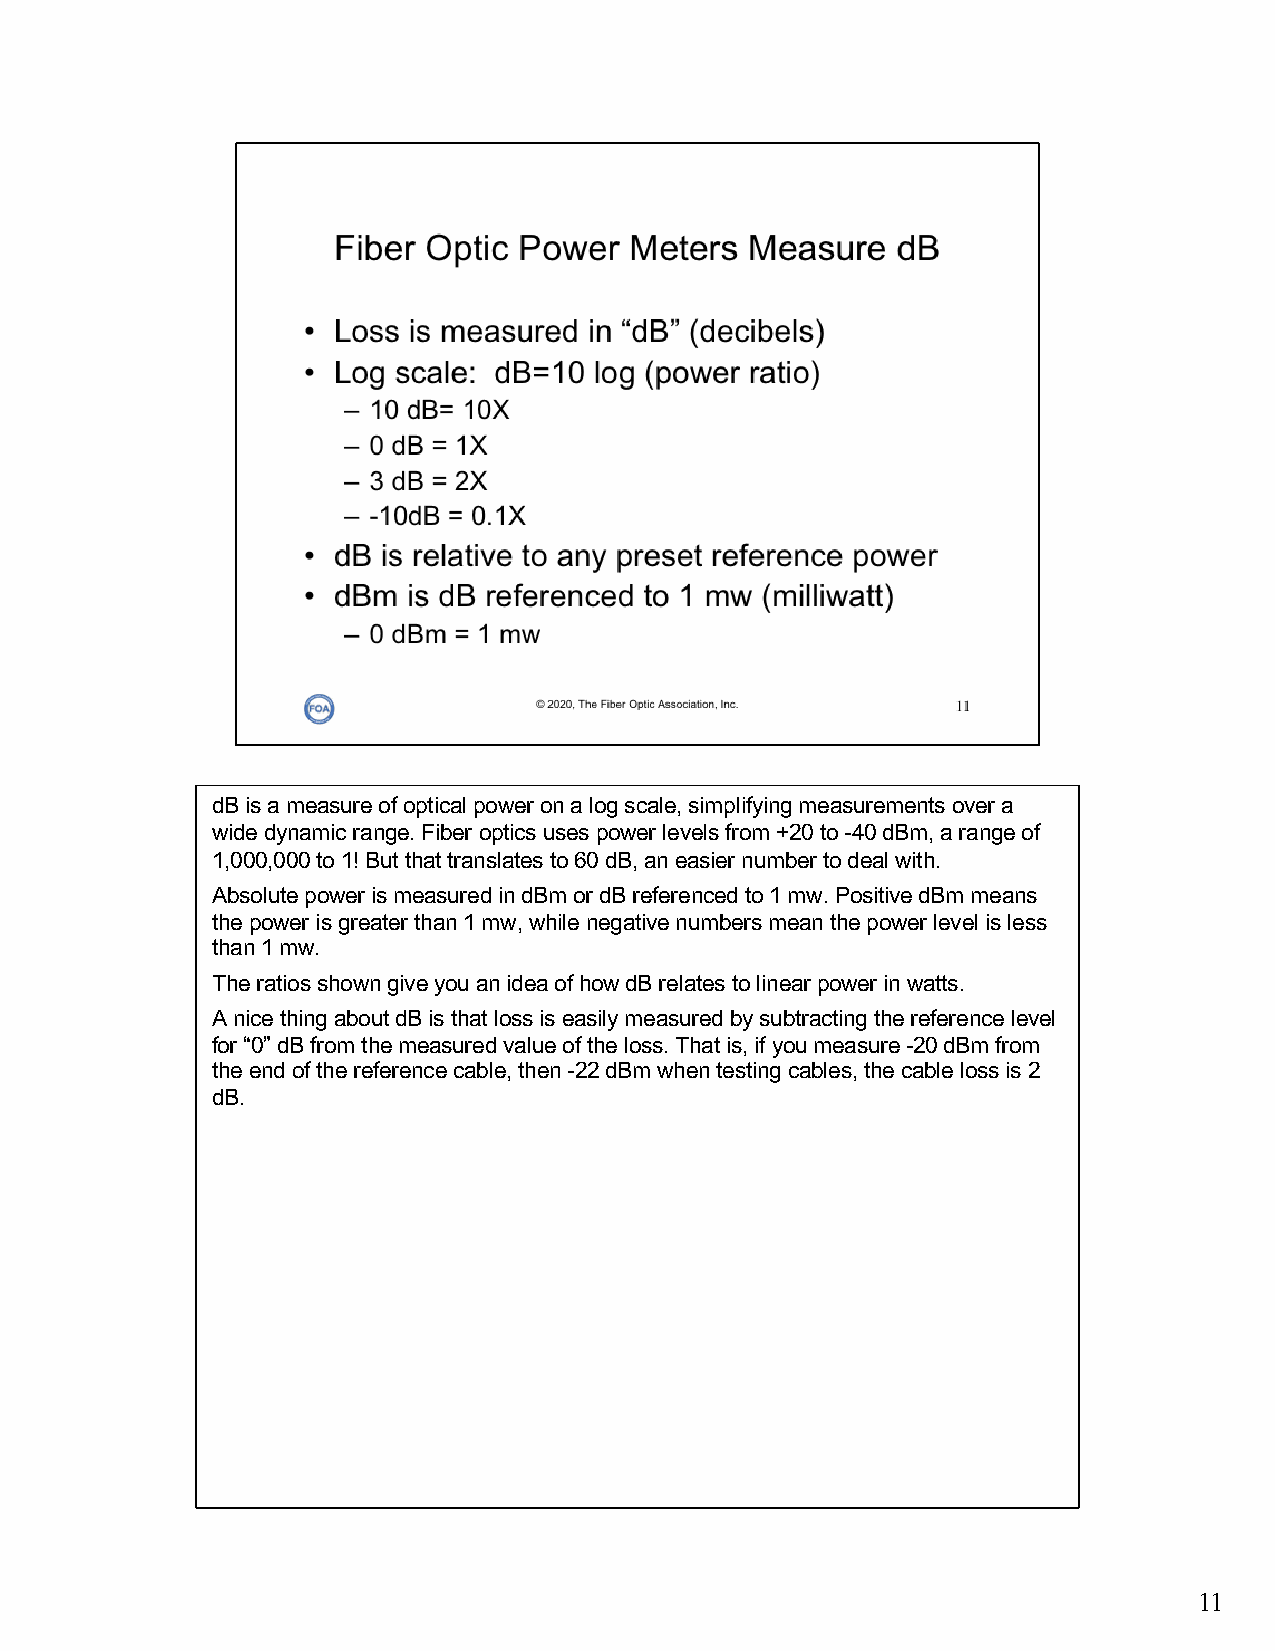
dB is a measure of optical power on a log scale, simplifying measurements over a
 wide dynamic range. Fiber optics uses power levels from +20 to -40 dBm, a range of
 1,000,000 to 1! But that translates to 60 dB, an easier number to deal with.
 Absolute power is measured in dBm or dB referenced to 1 mw. Positive dBm means
 the power is greater than 1 mw, while negative numbers mean the power level is less
 than 1 mw.
 The ratios shown give you an idea of how dB relates to linear power in watts.
 A nice thing about dB is that loss is easily measured by subtracting the reference level
 for “0” dB from the measured value of the loss. That is, if you measure -20 dBm from
 the end of the reference cable, then -22 dBm when testing cables, the cable loss is 2
 dB.
 11